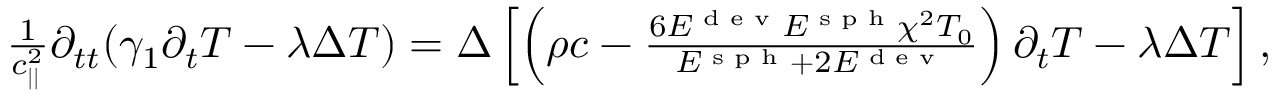
\begin{array} { r } { \frac { 1 } { c _ { | | } ^ { 2 } } \partial _ { t t } ( \gamma _ { 1 } \partial _ { t } T - \lambda \Delta T ) = \Delta \left[ \left( \rho c - \frac { 6 E ^ { \textrm { d e v } } E ^ { \textrm { s p h } } \chi ^ { 2 } T _ { 0 } } { E ^ { \textrm { s p h } } + 2 E ^ { \textrm { d e v } } } \right) \partial _ { t } T - \lambda \Delta T \right] , } \end{array}